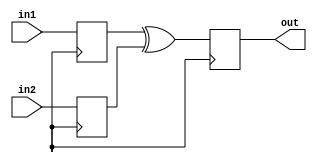
module xor_delay (
    input wire in1,
    input wire in2,
    output wire out
);

reg in1_reg, in2_reg;
wire xor_out;

// Timing control and synchronization block with delay elements
always @(posedge clk) begin
    in1_reg <= in1;
    in2_reg <= in2;
end

// XOR gate with specified delay
assign xor_out = in1_reg ^ in2_reg;
always @(posedge clk) begin
    out <= xor_out;
end

endmodule